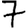
Digit: 7